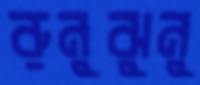
রুনুঝুনু